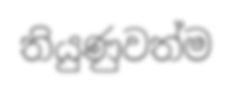
තියුණුවත්ම